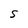
Character: s